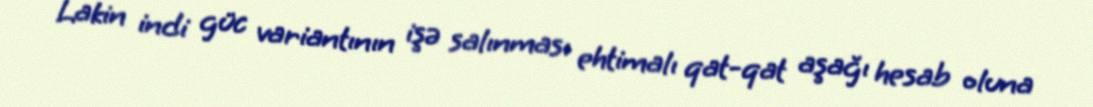
Lakin indi güc variantının işə salınması ehtimalı qat-qat aşağı hesab oluna